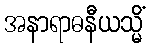
အနာရာဓနီယသ္မိံ